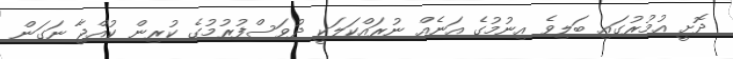
ދޮށީ އުމުރުގައި ބަލިވެ އިނުމުގެ އަނެއް ނުރައްކަލަކީ ދުވަސްފުރުމުގެ ކުރިން ކުއްޖާ ނަގަން